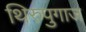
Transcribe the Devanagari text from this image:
थिरुपुगाज